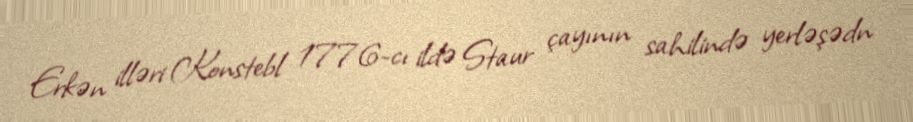
Erkən illəri Konstebl 1776-cı ildə Staur çayının sahilində yerləşədn